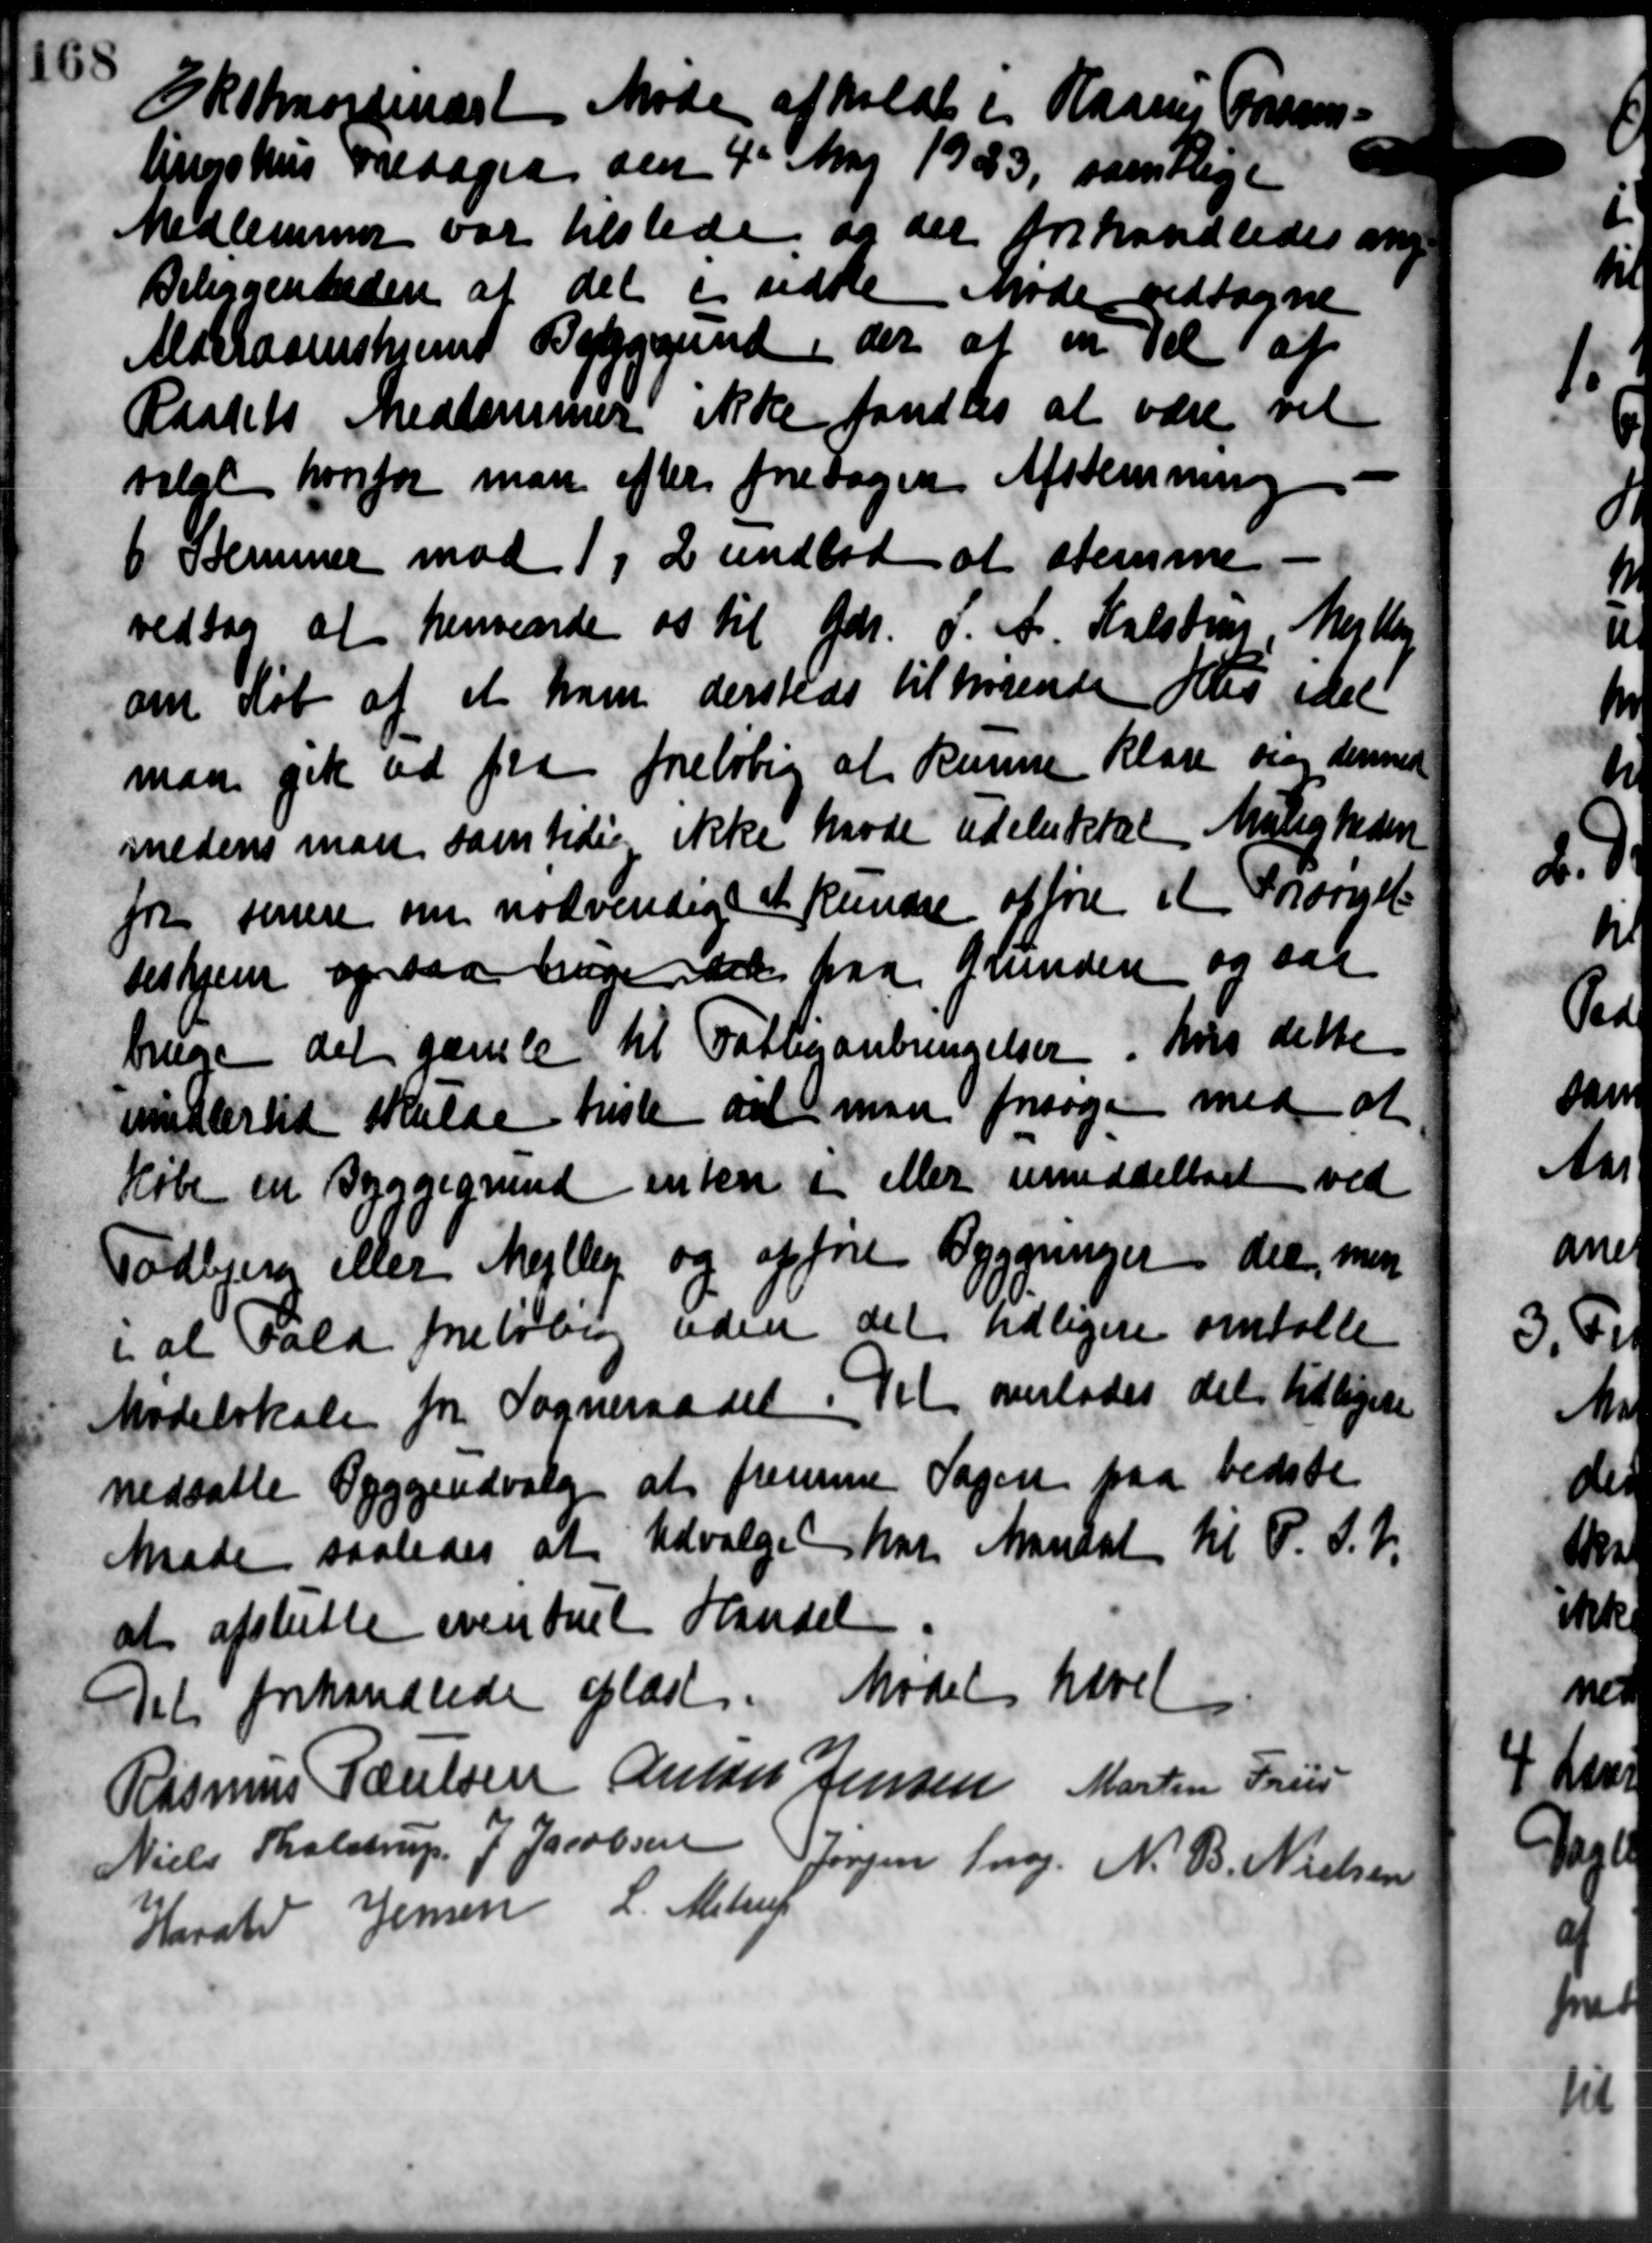
Transskription:
3Rstmordinært Møde afholdt i Rasmus Jørgens-
lingshus Fredagen den 4de Maj 1933, samtlige
Medlemmer var tilstede og der forhandledes ang.
Beliggenheden at det er udke Møde vedtagne
Alderdomshjems Byggegrund, der at en Del af
Raadets Medlemmer ikke fandtes at være vil
valgt hvorfor man efter foretagen Afstemning
6 Stemmer mod 1, 2 undlod at stemme -
vedtog at henvende os til Gdr. d. A. Halstrup Mejlber
om Køb af et ham dersteds tilhørende Hus idel
man gik ud fra foreløbig at kunne Klage og denned
medens man samtidig ikke havde udelukket Muligheden
fra senere om nødvendigt at kunder afføre et Trorg
seshjem ogsaa bege det paa Grunden og saa
bruge det gamle til Fattiganbringelser, hvis dette
midlertid skulde histe vil man forsøger med at
Købe en Byggegrund enken i eller umiddeltet ved
Todbjerg eller Mejlby og opføre Byggninger der m
i at Fald foreløbig uden det tidligere omtalte
Modelskaben fra Sogneraadet. Det overlodes det tidligere
nedsatte Byggeudvalg at fremme Sagen paa bedste
Maade saaledes at Udvalget har Mandat til P. S. V.
at afslutte eventuel Handel
Det forhandlede oplæst. Mødet hævet
Rasmus Poulsen Anton Jensen Martin Friis
Niels Tholstrup, J. Jacobsen
Jørgen Snog N. B. Nielsen
Harald Jensen L. Alstrup